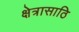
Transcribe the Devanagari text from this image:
क्षेत्रासाठि